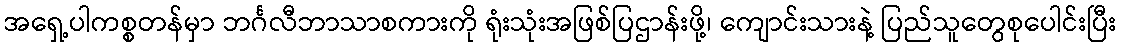
အရှေ့ပါကစ္စတန်မှာ ဘင်္ဂလီဘာသာစကားကို ရုံးသုံးအဖြစ်ပြဌာန်းဖို့၊ ကျောင်းသားနဲ့ ပြည်သူတွေစုပေါင်းပြီး